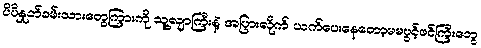
ပိပိနှုတ်ခမ်းသားတွေကြားကို သူ့လျာကြီးနဲ့ အပြားလိုက် ယက်ပေးနေတော့မမပွင့်ဖင်ကြီးတွေ